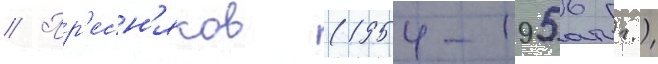
// Пр'есн'яков (1954-1956 гг.)